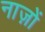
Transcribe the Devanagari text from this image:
नाज़ों